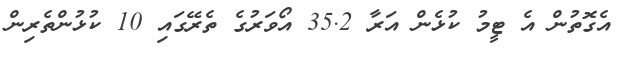
އެގޮތުން އެ ޓީމު ކުޅެން އަރާ 35.2 އޯވަރުގެ ތެރޭގައި 10 ކުޅުންތެރިން